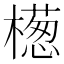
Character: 檧